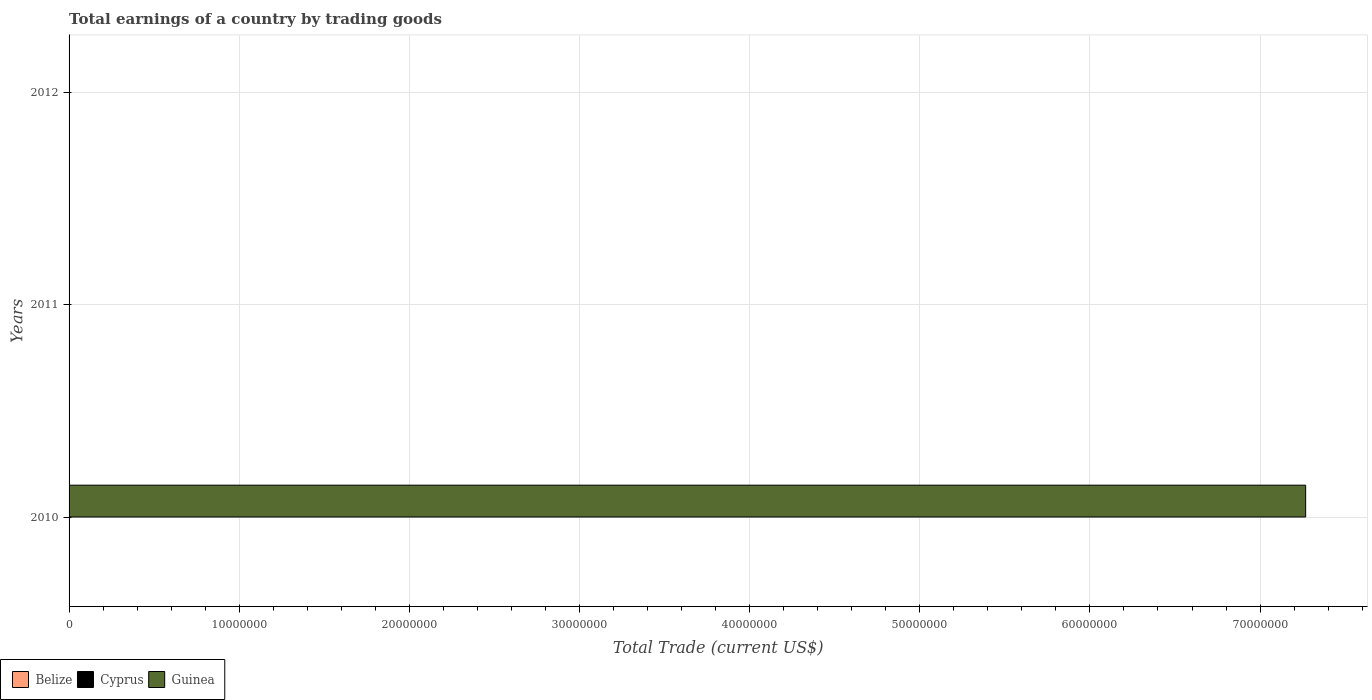
| Years | Belize | Cyprus | Guinea |
 | --- | --- | --- | --- |
 | 2010 | -1.71e+08 | -5.41e+09 | 7.27e+07 |
 | 2011 | -1.75e+08 | -5.2e+09 | -6.69e+08 |
 | 2012 | -2.09e+08 | -4.15e+09 | -3.16e+08 |